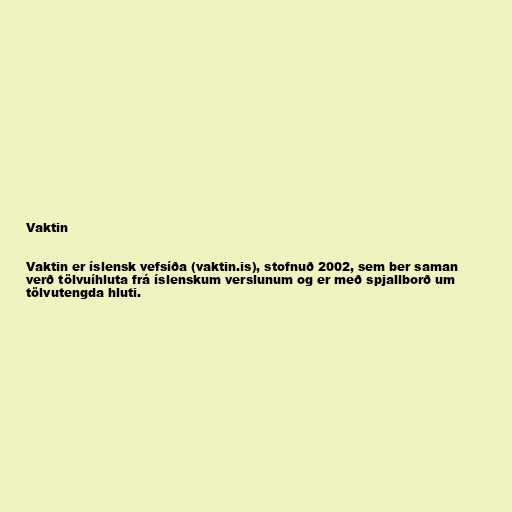
Vaktin

Vaktin er íslensk vefsíða (vaktin.is), stofnuð 2002, sem ber saman
verð tölvuíhluta frá íslenskum verslunum og er með spjallborð um
tölvutengda hluti.